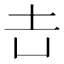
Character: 𡉆